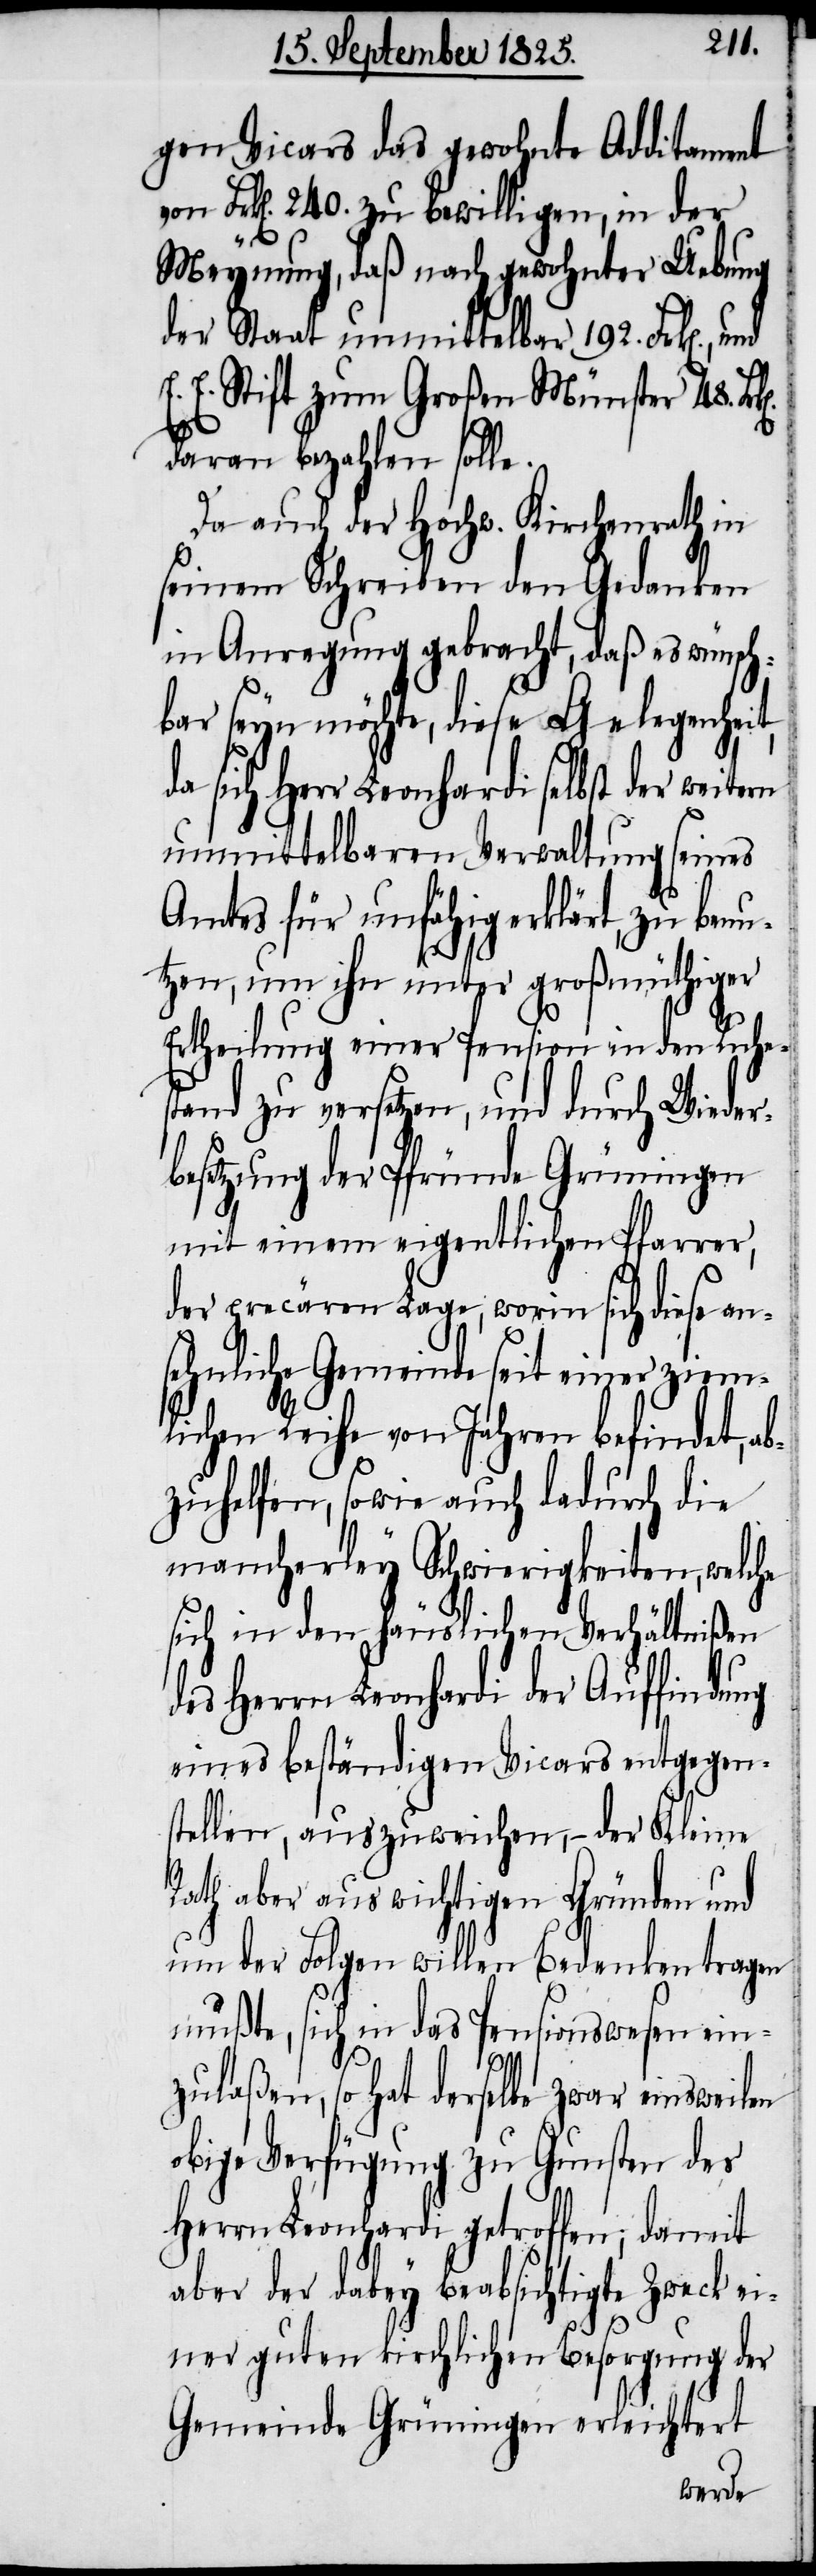
gen Vicars das gewohnte Additament
von Frk[en]. 240. zu bewilligen, in der
Meynung, daß nach gewohnter Uebung
der Staat unmittelbar 192. Frk[en].,
E. E. Stift zum Großen Münster 48.
daran bezahlen solle.
Da auch der Hochw. Kirchenrath in
seinem Schreiben den Gedanken
in Anregung gebracht, daß es wünsch¬
bar seyn möchte, diese Gelegenheit,
sich Herr Leonhardi selbst der
unmittelbaren Verwaltung seines
Amtes für unfähig erklärt, zu benu¬
tzen, um ihn unter großmüthiger
Ertheilung einer Pension in den Ruhes¬
tand zu versetzen, und durch Wieder¬
besetzung der Pfründe Grüningen
mit einem eigentlichen Pfarrer,
der precären Lage, worin sich diese an¬
sehnliche Gemeinde seit einer ziem¬
lichen Reihe von Jahren befindet, ab¬
zuhelfen, sowie auch dadurch die
mancherley Schwierigkeiten, welche
sich in den häuslichen Verhältnißen
des Herrn Leonhardi der Auffindung
eines beständigen Vicars entgegen¬
stellen, auszuweichen, – der Kleine
Rath aber aus wichtigen Gründen und
um der Folgen willen Bedenken tragen
mußte, sich in das Pensionswesen ein¬
zulaßen, so hat derselbe zwar einstweilen
obige Verfügung zu Gunsten des
Herrn Leonhardi getroffen; damit
aber der dabey beabsichtigte Zweck ei¬
ner guten kirchlichen Besorgung der
Gemeinde Grüningen erleichtert